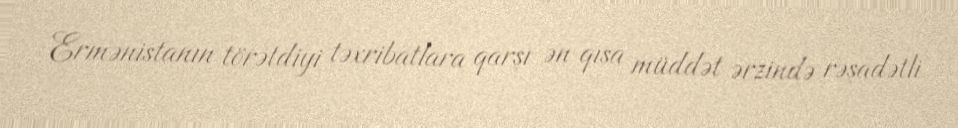
Ermənistanın törətdiyi təxribatlara qarşı ən qısa müddət ərzində rəşadətli